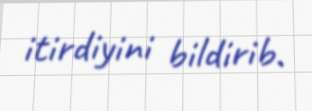
itirdiyini bildirib.